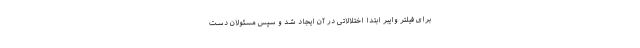
برای فیلتر وایبر ابتدا اختلالاتی در آن ایجاد شد و سپس مسئولان دست